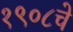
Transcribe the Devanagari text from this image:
१९०८चे